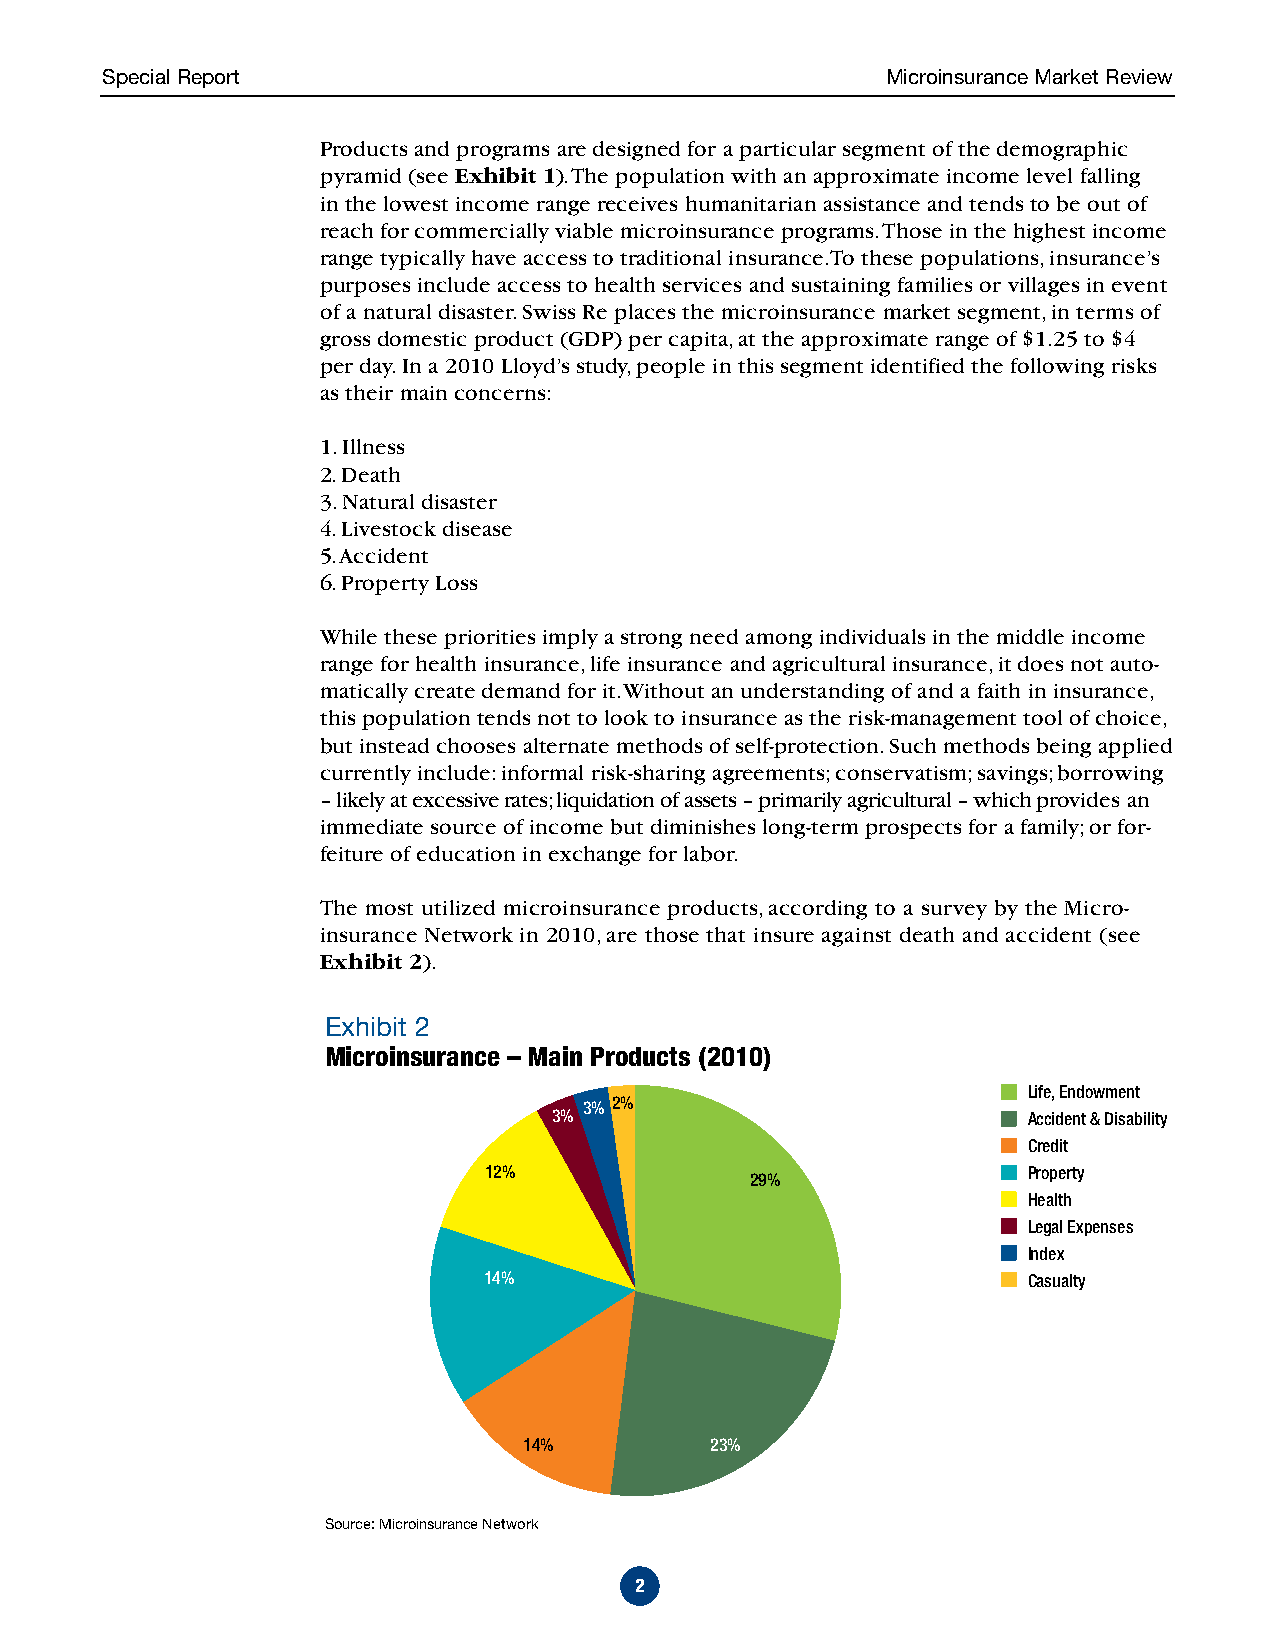
Special Report                                      Microinsurance Market Review
 Products and programs are designed for a particular segment of the demographic
 pyramid (see Exhibit 1). The population with an approximate income level falling
 in the lowest income range receives humanitarian assistance and tends to be out of
 reach for commercially viable microinsurance programs. Those in the highest income
 range typically have access to traditional insurance.To these populations, insurance’s
 purposes include access to health services and sustaining families or villages in event
 of a natural disaster. Swiss Re places the microinsurance market segment, in terms of
 gross domestic product (GDP) per capita, at the approximate range of $1.25 to $4
 per day. In a 2010 Lloyd’s study, people in this segment identified the following risks
 as their main concerns:
 1. Illness
 2. Death
 3. Natural disaster
 4. Livestock disease
 5. Accident
 6. Property Loss
 While these priorities imply a strong need among individuals in the middle income
 range for health insurance, life insurance and agricultural insurance, it does not auto-
 matically create demand for it. Without an understanding of and a faith in insurance,
 this population tends not to look to insurance as the risk-management tool of choice,
 but instead chooses alternate methods of self-protection. Such methods being applied
 currently include: informal risk-sharing agreements; conservatism; savings; borrowing
 – likely at excessive rates; liquidation of assets – primarily agricultural – which provides an
 immediate source of income but diminishes long-term prospects for a family; or for-
 feiture of education in exchange for labor.
 The most utilized microinsurance products, according to a survey by the Micro-
 insurance Network in 2010, are those that insure against death and accident (see
 Exhibit 2).
 Exhibit 2
 Microinsurance – Main Products (2010)
 Life, Endowment
 3% 2%
 3%                             Accident & Disability
 Credit
 12%                                 Property
 29%
 Health
 Legal Expenses
 Index
 14%                                 Casualty
 14%         23%
 Source: Microinsurance Network
 2